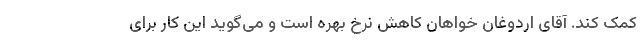
کمک کند. آقای اردوغان خواهان کاهش نرخ بهره است و می‌گوید این کار برای